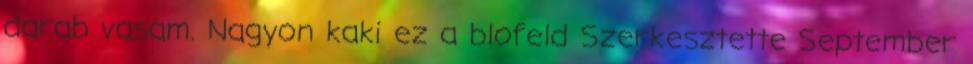
darab vasam. Nagyon kaki ez a blofeld Szerkesztette September